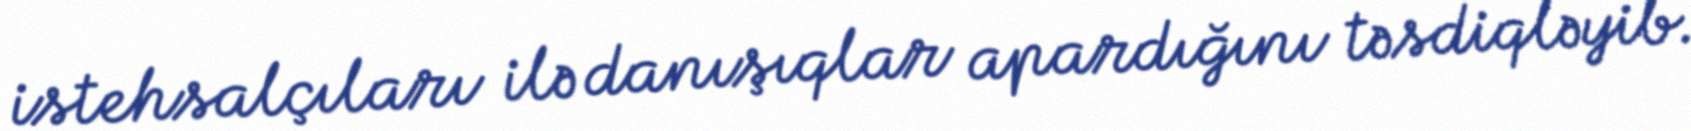
istehsalçıları ilə danışıqlar apardığını təsdiqləyib.